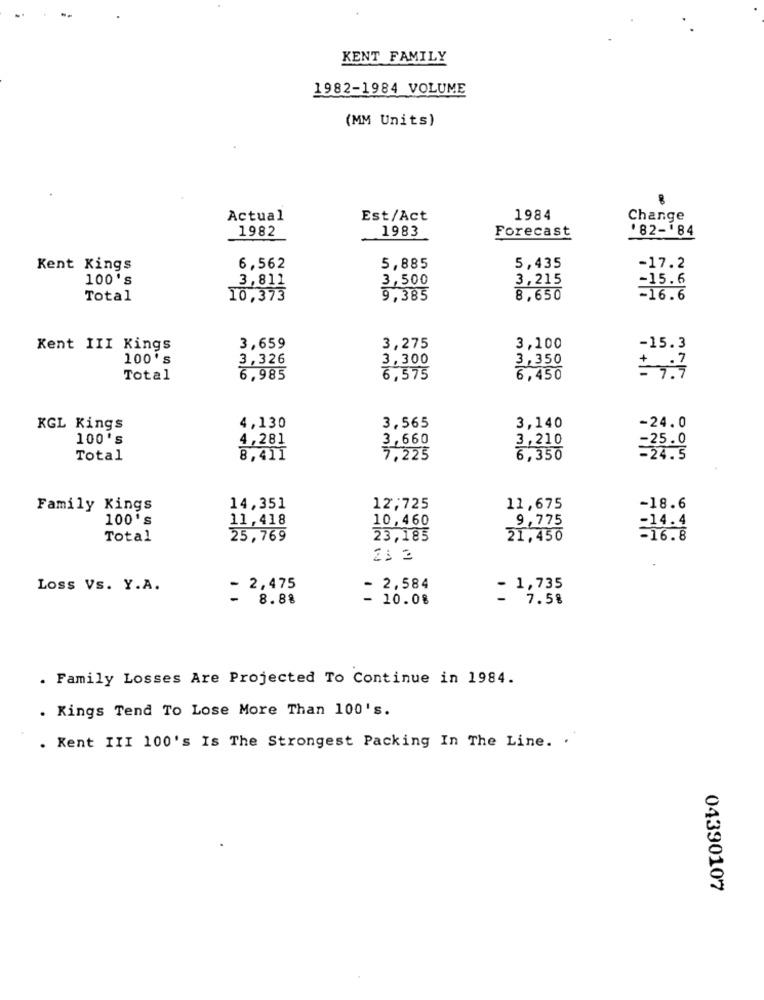
KENT FAMILY
1982-1984_VOLUME
(MM Units)
Actual
Est/Act
1984
Change
1982
1983
Forecast
'82-84
Kent Kings
6,562
5,885
5,435
-17.2
100's
3,811
3,500
3,215
-15.6
Total
10,373
9,385
8,650
-16.6
Kent III Kings
3,659
3,275
3,100
-15.3
100's
3,326
3,300
3,350
+1
Total
6,985
6,575
6,450
4,130
3,140
KGL Kings
3,565
-24.0
100's
4,281
3,660
3,210
25.0
Total
8,411
7,225
6,350
Family Kings
14,351
12,725
11,675
-18.6
100's
11,418
10,460
9,775
14.4
Total
25,769
23,185
21,450
21 2
Loss Vs. Y.A.
- 2,475
- 2,584
- 1,735
8.88
10.08
7.58
. Family Losses Are Projected To Continue in 1984.
. Kings Tend To Lose More Than 100's.
. Kent III 100's Is The Strongest Packing In The Line. . "
04390107